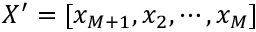
X ^ { \prime } = [ x _ { M + 1 } , x _ { 2 } , \cdots , x _ { M } ]